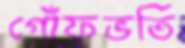
গোঁফভর্তি